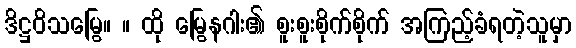
ဒိဋ္ဌဝိသမြွေ။ ။ ထို မြွေနဂါး၏ စူးစူးစိုက်စိုက် အကြည့်ခံရတဲ့သူမှာ